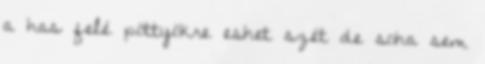
a has felé pöttyökre eshet szét de soha sem